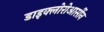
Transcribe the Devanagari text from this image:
डाइक्लोरोआर्सीन